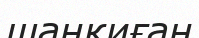
шаңқиған